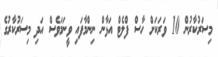
މިސަރުކާރުން 10 ވަރަކަށް ހާސް ފްލެޓް އަޅާން ނިންމާފައި ވީނަމަވެސް އަދި މިސަރުކާރުގެ